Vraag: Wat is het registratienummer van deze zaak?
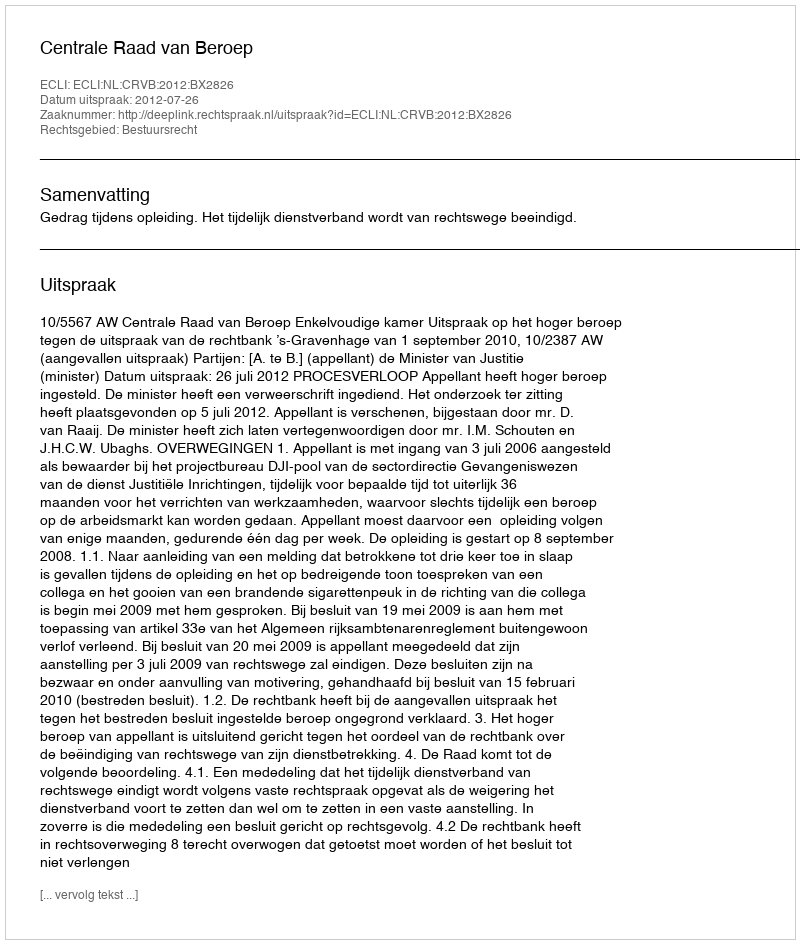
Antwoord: http://deeplink.rechtspraak.nl/uitspraak?id=ECLI:NL:CRVB:2012:BX2826